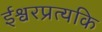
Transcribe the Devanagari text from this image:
ईश्वरप्रत्यकि